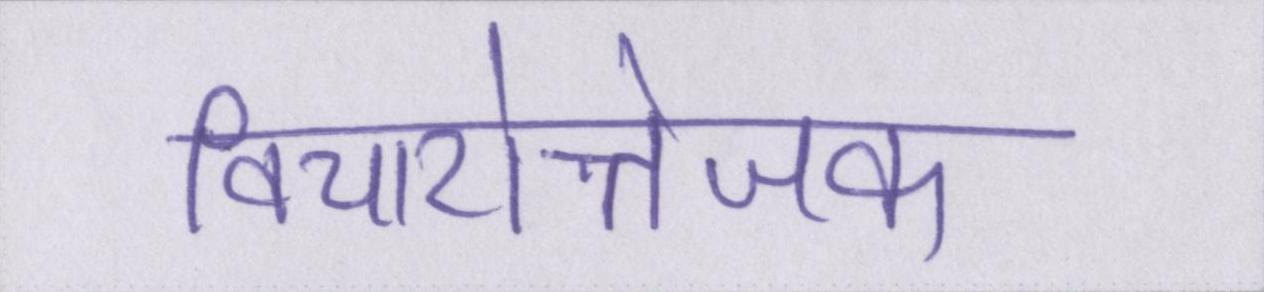
विचारोत्तेजक